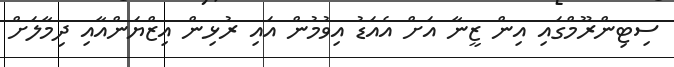
ސިޓިންރޫމްގައި އިން ޒީނާ އަށް އެއަޑު އިވުމުން އައި ރުޅިން އިޒްޔަންއާއި ދިމާލަށް